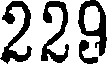
229